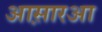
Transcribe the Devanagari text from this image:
आस़ारआ